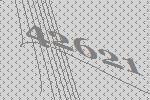
42621